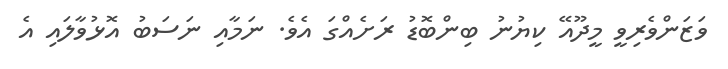
ވަޒަންވެރިވީ މީދޫއޭ ކިޔުނު ބިންބޮޑު ރަށެއްގަ އެވެ. ނަމާއި ނަސަބު އޮޅުވާލައި އެ